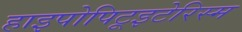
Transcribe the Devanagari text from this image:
हाइपोपिटूइटेरिस्म